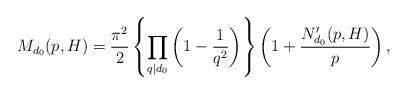
LaTeX: \begin{align*}M_{d_0}(p,H)=\frac{\pi^2}{2}\left\{\prod_{q\mid d_0}\left (1-\frac{1}{q^2}\right )\right\}\left (1+\frac{N_{d_0}'(p,H)}{p}\right ),\end{align*}